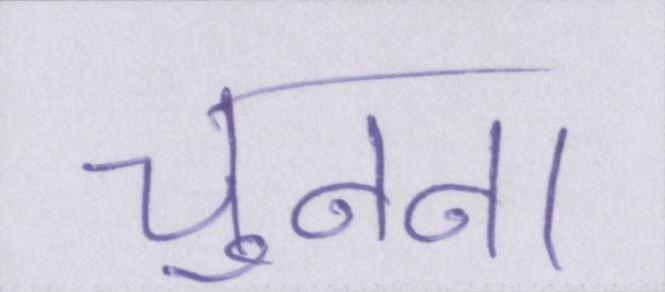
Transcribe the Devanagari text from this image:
चुनना